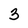
Character: 3